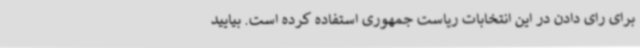
برای رای دادن در این انتخابات ریاست جمهوری استفاده کرده است. بیایید